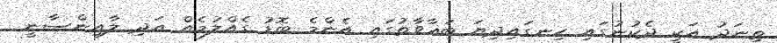
ތިނަދު އަކީ ދެކުނުގައި ހިނގައިދިޔަ ބަޣާވާތުގައި އެންމެ ބޮޑު ގެއްލުމެއް އަދި ލާއިންސާނީ